Indian journal of veterinary science and animal husbandry - Volume 7,
Year: 1937
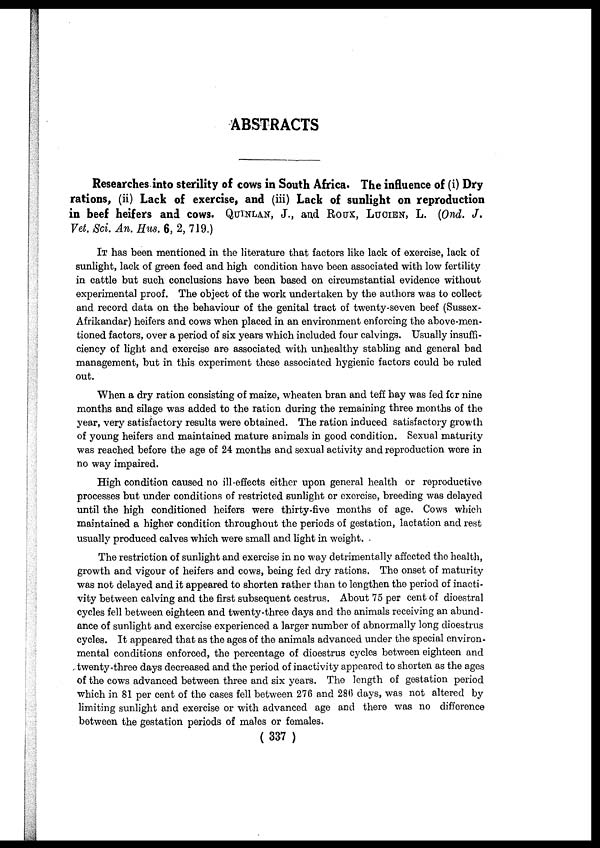
ABSTRACTS
Researches into sterility of cows in South Africa. The influence of (i) Dry
rations, (ii) Lack of exercise, and (iii) Lack of sunlight on reproduction
in beef heifers and cows. QUINLAN, J., and ROUX, LUCIEN, L. (Ond. J.
Vet. Sci. An. Hus. 6, 2, 719.)
IT has been mentioned in the literature that factors like lack of exercise, lack of
sunlight, lack of green feed and high condition have been associated with low fertility
in cattle but such conclusions have been based on circumstantial evidence without
experimental proof. The object of the work undertaken by the authors was to collect
and record data on the behaviour of the genital tract of twenty-seven beef (Sussex -
Afrikandar) heifers and cows when placed in an environment enforcing the above-men-
tioned factors, over a period of six years which included four calvings. Usually insuffi-
ciency of light and exercise are associated with unhealthy stabling and general bad
management, but in this experiment these associated hygienic factors could be ruled
out.
When a dry ration consisting of maize, wheaten bran and teff hay was fed for nine
months and silage was added to the ration during the remaining three months of the
year, very satisfactory results were obtained. The ration induced satisfactory growth
of young heifers and maintained mature animals in good condition. Sexual maturity
was reached before the age of 24 months and sexual activity and reproduction were in
no way impaired.
High condition caused no ill-effects either upon general health or reproductive
processes but under conditions of restricted sunlight or exercise, breeding was delayed
until the high conditioned heifers were thirty-five months of age. Cows which
maintained a higher condition throughout the periods of gestation, lactation and rest
usually produced calves which were small and light in weight.
The restriction of sunlight and exercise in no way detrimentally affected the health,
growth and vigour of heifers and cows, being fed dry rations. The onset of maturity
was not delayed and it appeared to shorten rather than to lengthen the period of inacti-
vity between calving and the first subsequent oestrus. About 75 per cent of dioestral
cycles fell between eighteen and twenty-three days and the animals receiving an abund-
ance of sunlight and exercise experienced a larger number of abnormally long dioestrus
cycles. It appeared that as the ages of the animals advanced under the special environ-
mental conditions enforced, the percentage of dioestrus cycles between eighteen and
twenty-three days decreased and the period of inactivity appeared to shorten as the ages
of the cows advanced between three and six years. The length of gestation period
which in 81 per cent of the cases fell between 276 and 286 days, was not altered by
limiting sunlight and exercise or with advanced age and there was no difference
between the gestation periods of males or females.
( 337 )